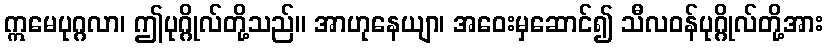
ဣမေပုဂ္ဂလာ၊ ဤပုဂ္ဂိုလ်တို့သည်။ အာဟုနေယျာ၊ အဝေးမှဆောင်၍ သီလဝန်ပုဂ္ဂိုလ်တို့အား